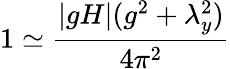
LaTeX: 1\simeq\frac{\left|gH\right|(g^{2}+\lambda_{y}^{2})}{4\pi^{2}}